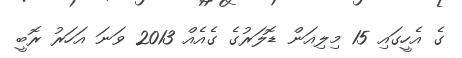
ގެ އެހީގައި 15 މިލިއަން ޑޮލަރުގެ ގެއެއް 2013 ވަނަ އަހަރު ރޮބީ